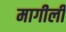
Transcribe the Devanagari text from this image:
मागीली